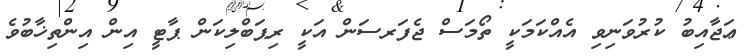
ޢަޖާއިބު ކުރުވަނިވި އެއްކަމަކީ ތޯމަސް ޖެފަރސަން އަކީ ރިޕަބްލިކަން ޕާޓީ އިން އިންތިޚާބުވެ